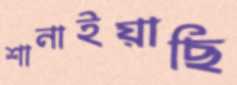
শানাইয়াছি